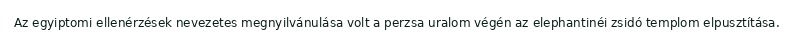
Az egyiptomi ellenérzések nevezetes megnyilvánulása volt a perzsa uralom végén az elephantinéi zsidó templom elpusztítása.